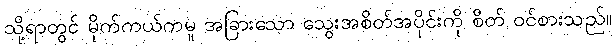
သို့ရာတွင် မိုက်ကယ်ကမူ အခြားသော သွေးအစိတ်အပိုင်းကို စိတ် ဝင်စားသည်။